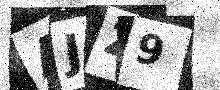
Text: AJZ9